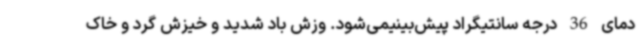
دمای 36 درجه سانتیگراد پیش‌بینیمی‌شود. وزش باد شدید و خیزش گرد و خاک